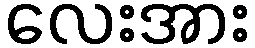
လေးအား